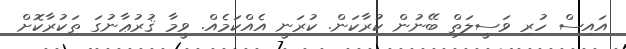
އައިސް ހުރި ވަސީލަތް ބޭނުން ކުރާކަން. ކުރަނީ އެއްކަމެއް. ވީމާ ޤުރުޢާނުގަ ތަކުރާކޮށް